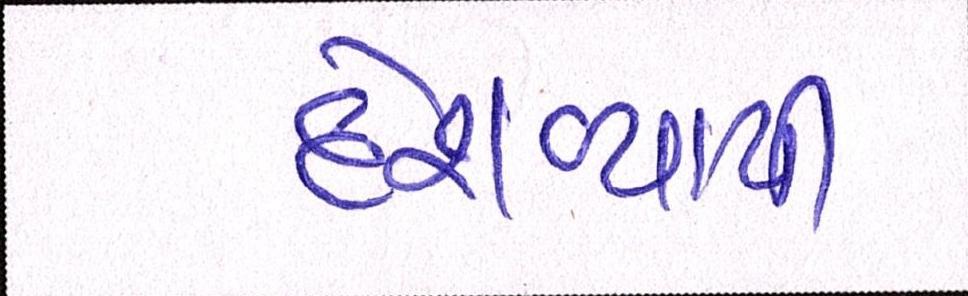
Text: દેશવ્યાપી